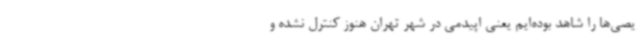
یصی‌ها را شاهد بوده‌ایم یعنی اپیدمی در شهر تهران هنوز کنترل نشده و